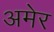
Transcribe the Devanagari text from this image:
अमेर